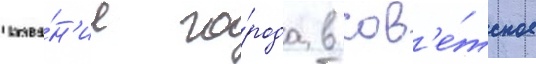
Назва́н'ие го́рода в сов'е́тское